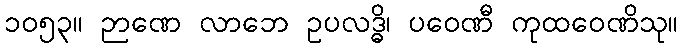
၁၀၅၃။ ဉာဏေ လာဘေ ဥပလဒ္ဓိ၊ ပဝေဏီ ကုထဝေဏိသု။